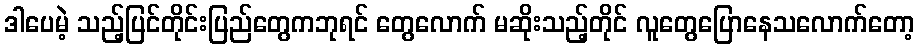
ဒါပေမဲ့ သည့်ပြင်တိုင်းပြည်တွေကဘုရင် တွေလောက် မဆိုးသည့်တိုင် လူတွေပြောနေသလောက်တော့